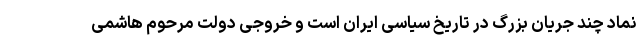
نماد چند جریان بزرگ در تاریخ سیاسی ایران است و خروجی دولت مرحوم هاشمی